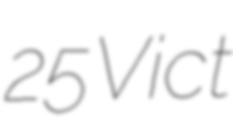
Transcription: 25 Vict